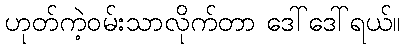
ဟုတ်ကဲ့ဝမ်းသာလိုက်တာ ဒေါ်ဒေါ်ရယ်။